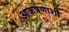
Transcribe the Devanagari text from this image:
आकर्षणाशी